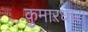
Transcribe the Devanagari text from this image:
कुमारधारा